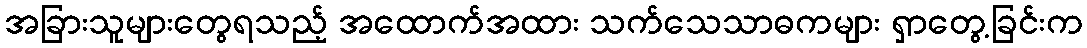
အခြားသူများတွေရသည့် အထောက်အထား သက်သေသာဓကများ ရှာတွေ့ခြင်းက